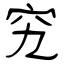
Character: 究